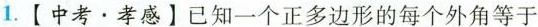
1. 【中考·孝感】已知一个正多边形的每个外角等于